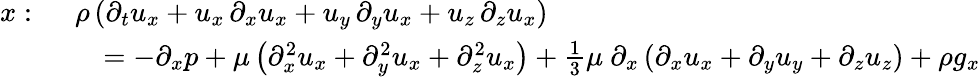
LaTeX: {\begin{array}{rl}{x:\ }&{\rho\left({\partial_{t}u_{x}}+u_{x}\, {\partial_{x}u_{x}}+u_{y}\, {\partial_{y}u_{x}}+u_{z}\, {\partial_{z}u_{x}}\right)}\\ &{\quad=-\partial_{x}p+\mu\left({\partial_{x}^{2}u_{x}}+{\partial_{y}^{2}u_{x}}+{\partial_{z}^{2}u_{x}}\right)+{\frac{1}{3}}\mu\ \partial_{x}\left({\partial_{x}u_{x}}+{\partial_{y}u_{y}}+{\partial_{z}u_{z}}\right)+\rho g_{x}}\end{array}}